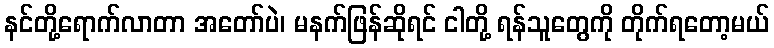
နင်တို့ရောက်လာတာ အတော်ပဲ၊ မနက်ဖြန်ဆိုရင် ငါတို့ ရန်သူတွေကို တိုက်ရတော့မယ်